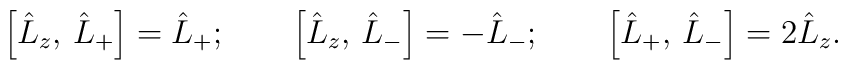
\left[ \hat{L}_z ,\, \hat{L}_+ \right] =   \hat{L}_+ ;\qquad  \left[ \hat{L}_z ,\, \hat{L}_- \right] = - \hat{L}_- ;\qquad  \left[ \hat{L}_+ ,\, \hat{L}_- \right] = 2 \hat{L}_z .